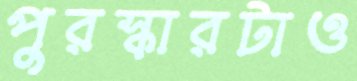
পুরস্কারটাও